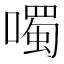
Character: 噣